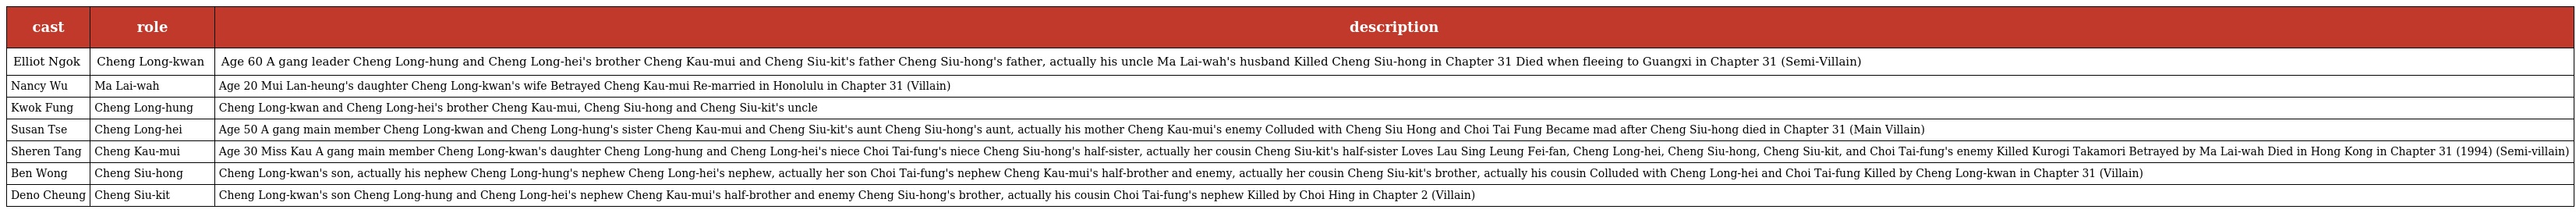
| cast | role | description |
 | --- | --- | --- |
 | Elliot Ngok | Cheng Long-kwan 鄭朗軍 | Age 60 A gang leader Cheng Long-hung and Cheng Long-hei's brother Cheng Kau-mui and Cheng Siu-kit's father Cheng Siu-hong's father, actually his uncle Ma Lai-wah's husband Killed Cheng Siu-hong in Chapter 31 Died when fleeing to Guangxi in Chapter 31 (Semi-Villain) |
 | Nancy Wu | Ma Lai-wah 馬麗華 | Age 20 Mui Lan-heung's daughter Cheng Long-kwan's wife Betrayed Cheng Kau-mui Re-married in Honolulu in Chapter 31 (Villain) |
 | Kwok Fung | Cheng Long-hung 鄭朗熊 | Cheng Long-kwan and Cheng Long-hei's brother Cheng Kau-mui, Cheng Siu-hong and Cheng Siu-kit's uncle |
 | Susan Tse | Cheng Long-hei 鄭朗喜 | Age 50 A gang main member Cheng Long-kwan and Cheng Long-hung's sister Cheng Kau-mui and Cheng Siu-kit's aunt Cheng Siu-hong's aunt, actually his mother Cheng Kau-mui's enemy Colluded with Cheng Siu Hong and Choi Tai Fung Became mad after Cheng Siu-hong died in Chapter 31 (Main Villain) |
 | Sheren Tang | Cheng Kau-mui 鄭九妹 | Age 30 Miss Kau A gang main member Cheng Long-kwan's daughter Cheng Long-hung and Cheng Long-hei's niece Choi Tai-fung's niece Cheng Siu-hong's half-sister, actually her cousin Cheng Siu-kit's half-sister Loves Lau Sing Leung Fei-fan, Cheng Long-hei, Cheng Siu-hong, Cheng Siu-kit, and Choi Tai-fung's enemy Killed Kurogi Takamori Betrayed by Ma Lai-wah Died in Hong Kong in Chapter 31 (1994) (Semi-villain) |
 | Ben Wong | Cheng Siu-hong 鄭少康 | Cheng Long-kwan's son, actually his nephew Cheng Long-hung's nephew Cheng Long-hei's nephew, actually her son Choi Tai-fung's nephew Cheng Kau-mui's half-brother and enemy, actually her cousin Cheng Siu-kit's brother, actually his cousin Colluded with Cheng Long-hei and Choi Tai-fung Killed by Cheng Long-kwan in Chapter 31 (Villain) |
 | Deno Cheung | Cheng Siu-kit 鄭少傑 | Cheng Long-kwan's son Cheng Long-hung and Cheng Long-hei's nephew Cheng Kau-mui's half-brother and enemy Cheng Siu-hong's brother, actually his cousin Choi Tai-fung's nephew Killed by Choi Hing in Chapter 2 (Villain) |